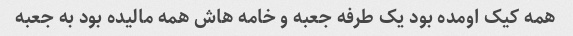
همه کیک اومده بود یک طرفه جعبه و خامه هاش همه مالیده بود به جعبه